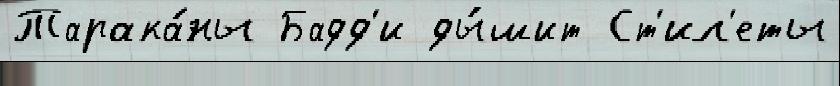
Тарака́ны Бадд'и ды́шит Ст'ил'еты